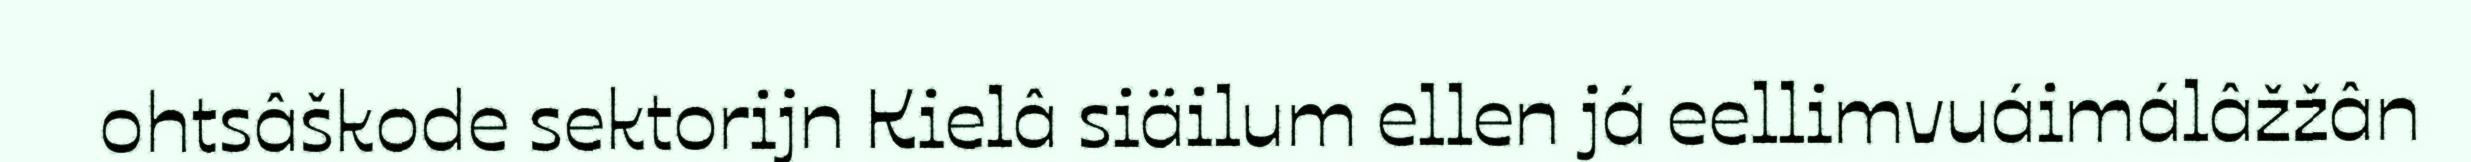
ohtsâškode sektorijn Kielâ siäilum ellen já eellimvuáimálâžžân